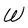
Character: W